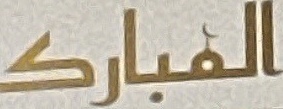
المبارك